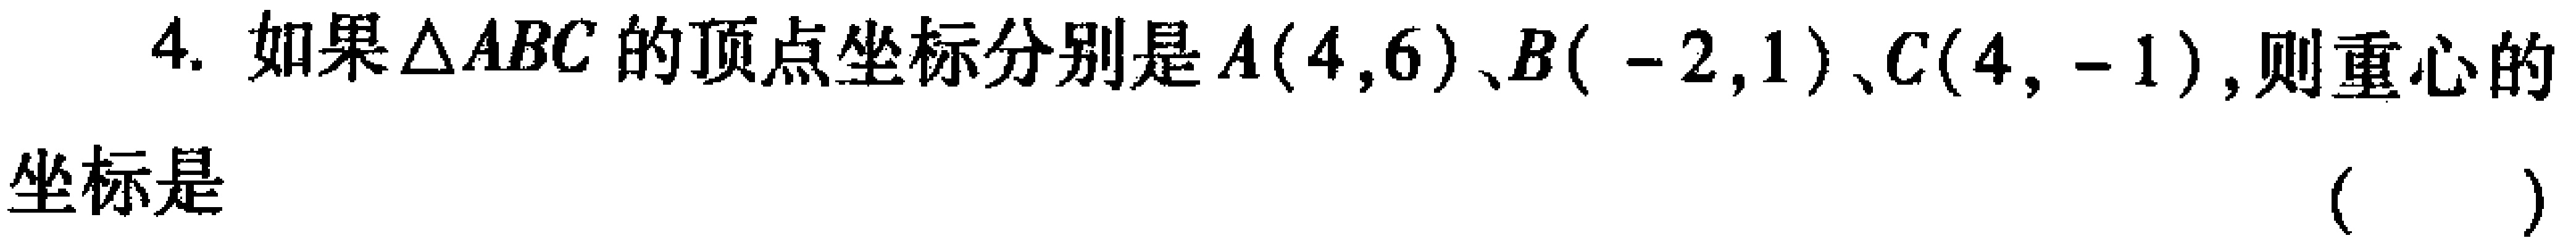
4. 如果$\triangle ABC$的顶点坐标分别是$A(4,6)$、$B(-2,1)$、$C(4,-1)$，则重心的
坐标是 （  ）